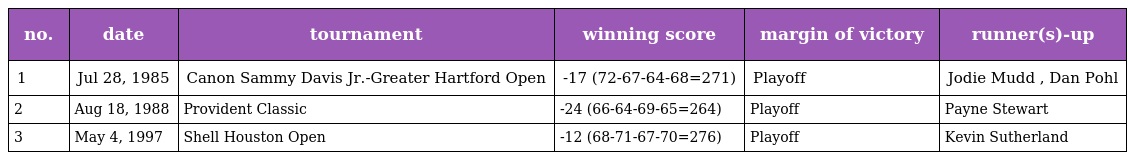
| no. | date | tournament | winning score | margin of victory | runner(s)-up |
 | --- | --- | --- | --- | --- | --- |
 | 1 | Jul 28, 1985 | Canon Sammy Davis Jr.-Greater Hartford Open | -17 (72-67-64-68=271) | Playoff | Jodie Mudd , Dan Pohl |
 | 2 | Aug 18, 1988 | Provident Classic | -24 (66-64-69-65=264) | Playoff | Payne Stewart |
 | 3 | May 4, 1997 | Shell Houston Open | -12 (68-71-67-70=276) | Playoff | Kevin Sutherland |